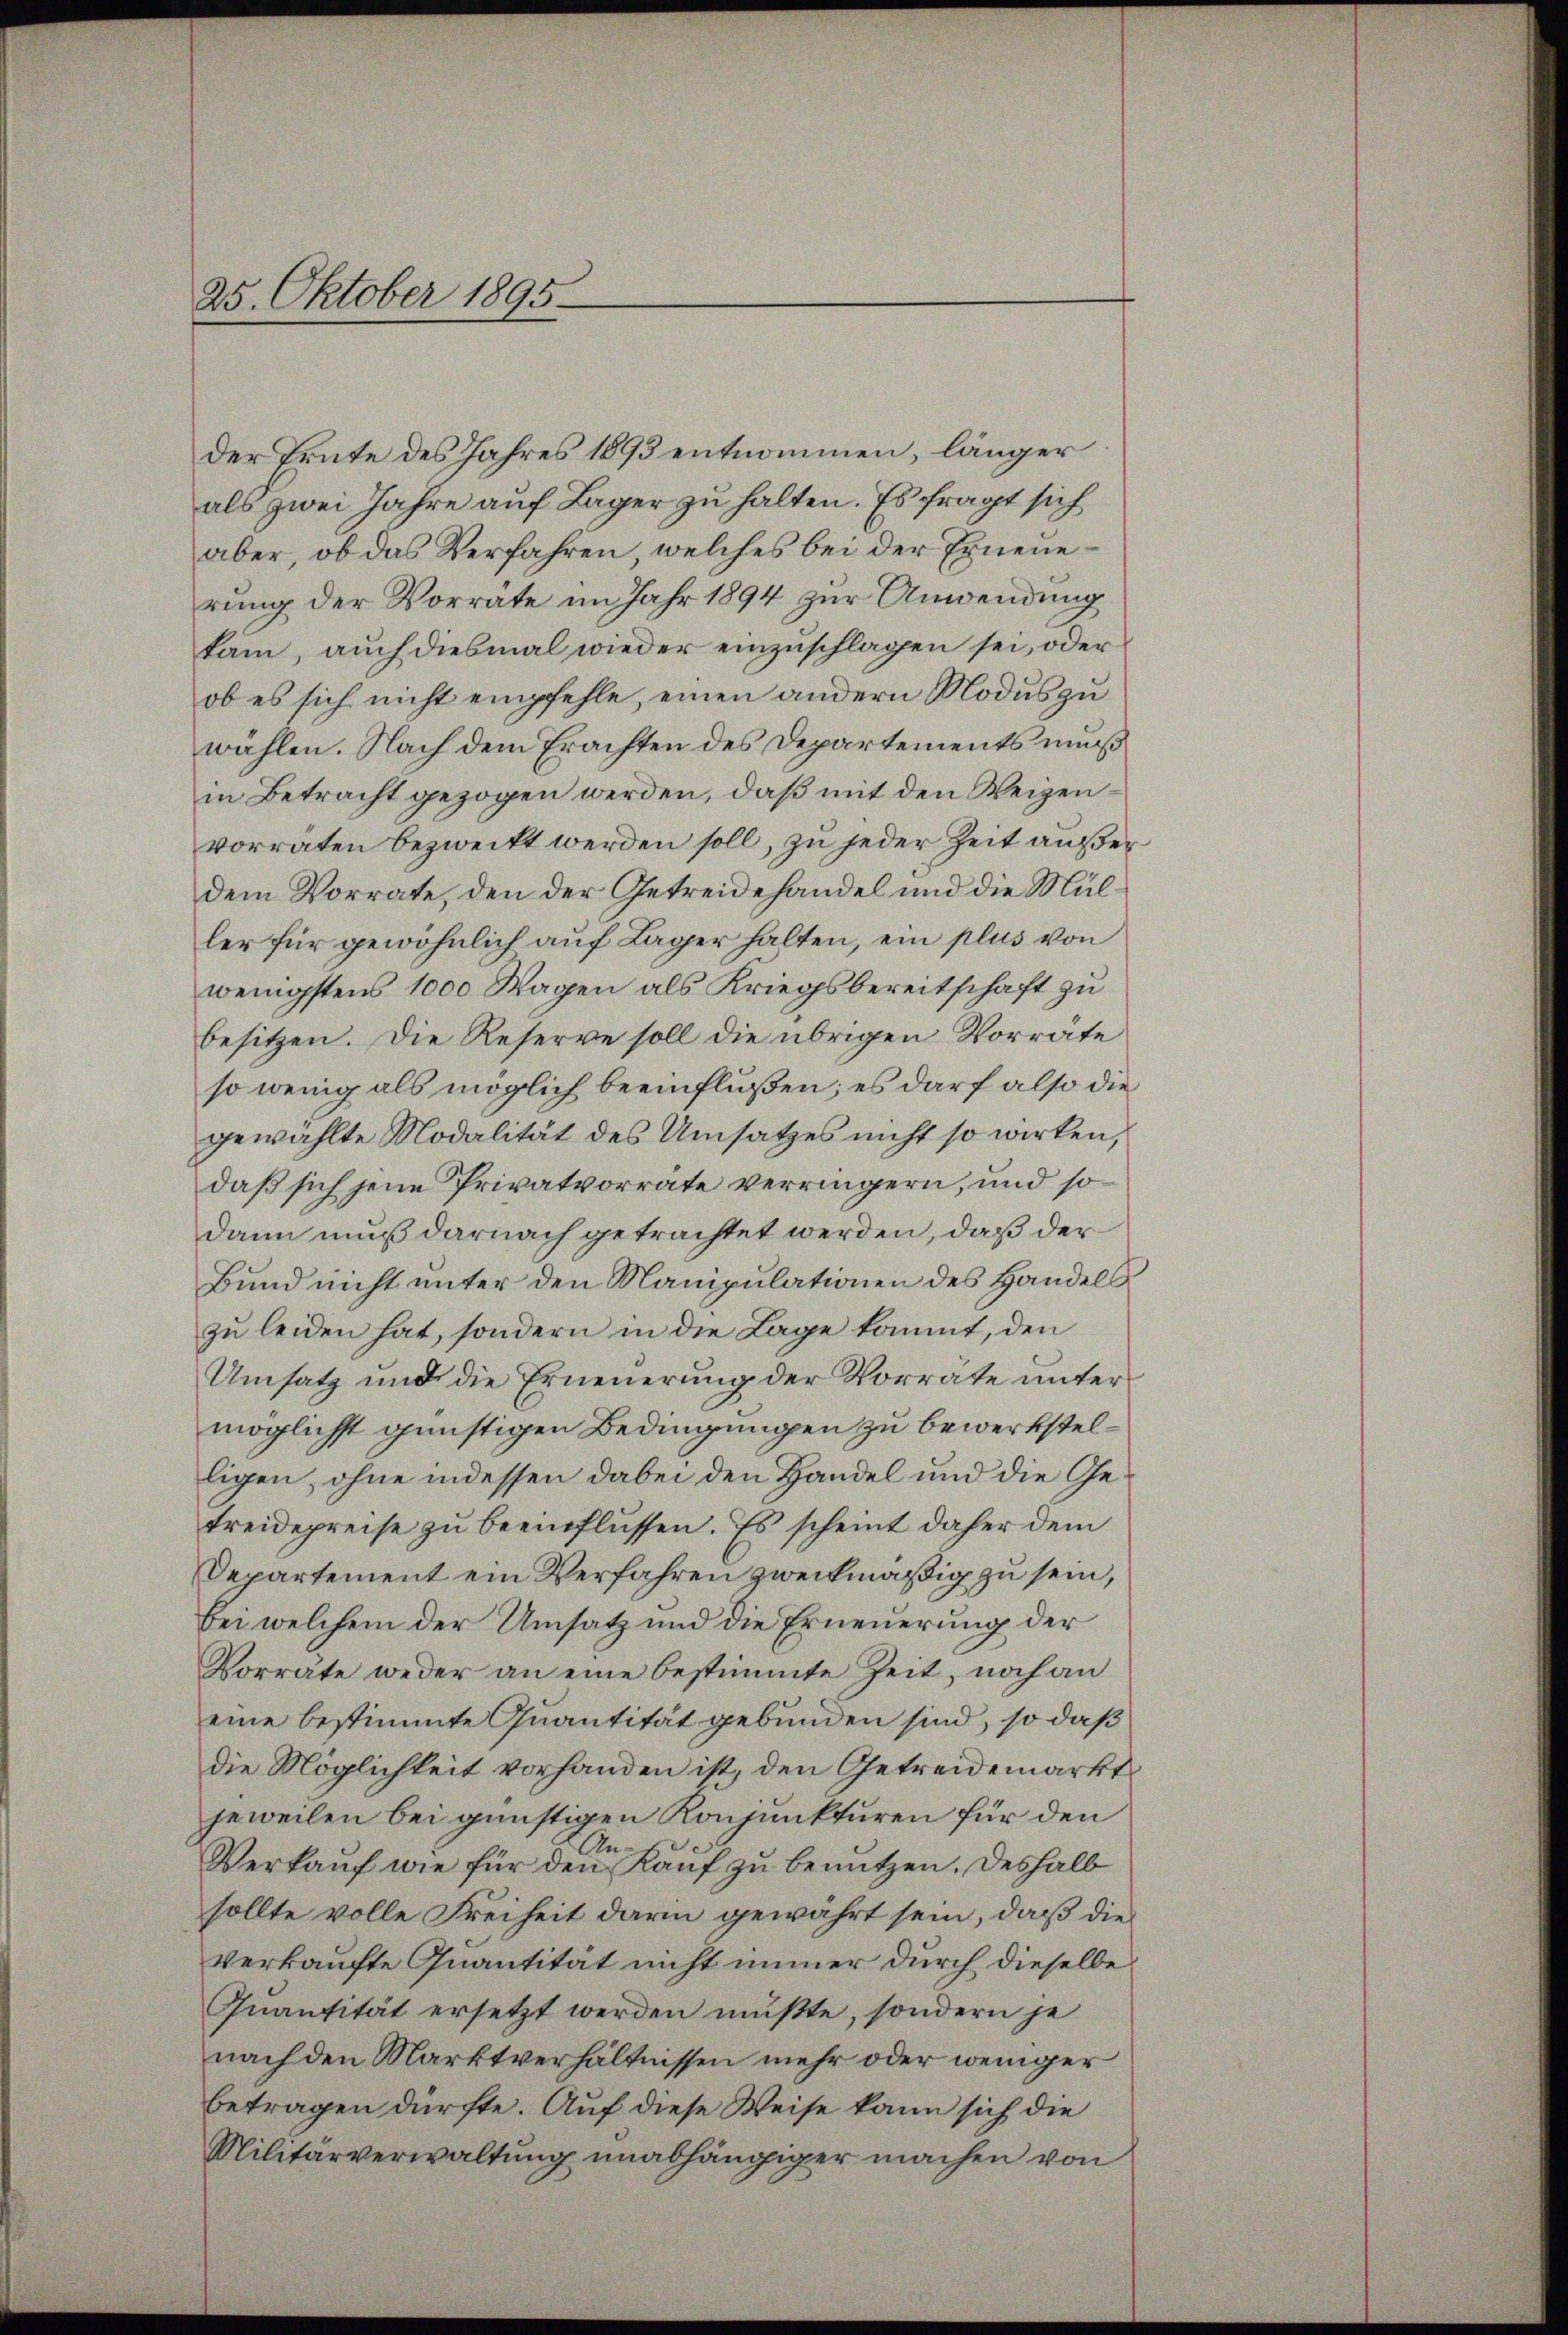
25. Oktober 1895.

der Trute des Jahres 1893 entnommen, länger
als zwei Jahre auf Lager zu halten. Es fragt sich
aber, ob das Verfahren, welches bei der Erneuerung der Vorräte im Jahr 1894 zur Anwendung
kam, auch diesmal wieder einzuschlagen sei, oder
ob es sich nicht empfehle, einen andern Modus zu
wählen. Nach dem Erachten des Departements muß
in Betracht gezogen werden, daß mit den Weigenvorraten bezweckt werden soll, zu jeder Zeit außer
dem Vorrate, den der Getreidehandel und die Müller für gewöhnlich auf Lager halten, ein plus von
wenigstens 1000 Wagen als Kriegsbereitschaft zu
besitzen. Die Reserve soll die übrigen Vorrate
so wenig als möglich beeinflüßen; es darf also die
gewählte Modalität des Umsatzes nicht so wirken,
daß sich jene Privatvorrate verringern, und so
dann muß darnach getrachtet werden, daß der
Bund nicht unter den Manipulationen des Handels
zu leiden hat, sondern in die Lage kommt, den
Umsatz und die Erneuerung der Vorrate unter
möglichst günstigen Bedingungen zu bewerkstelligen, ohne indessen dabei den Handel und die Getreidepreise zu beeinflüssen. Es scheint daher dem
Departement ein Verfahren zweckmäßig zu sein,
bei welchem der Umsatz und die Erneuerung der
Vorräte weder an eine bestimmte Zeit, noch an
eine bestimmte Quantität gebunden sind, so daß
die Möglichkeit vorhanden ist, den Getreidemarkt
jeweilen bei günstigen Konjunkturen für den
s
An¬
Verkauf wie für den Kauf zu benutzen. Deshalb
sollte volle Freiheit darin gewährt sein, daß die
verkaufte Quantität nicht immer durch dieselbe
Quantität ersetzt werden mußte, sondern je
nach den Marktverhältnissen mehr oder weniger
betragen dürfte. Auf diese Weise kann sich die
Militärverwaltung unabhängiger machen von